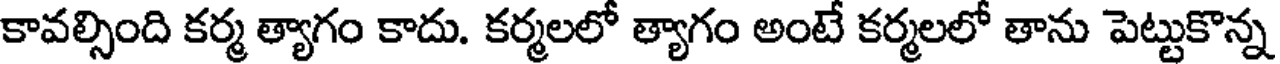
కావల్సింది కర్మ త్యాగం కాదు. కర్మలలో త్యాగం అంటే కర్మలలో తాను పెట్టుకొన్న